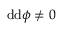
\mathrm { d } \mathrm { d } \phi \neq 0